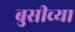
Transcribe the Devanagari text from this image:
बुसीच्या